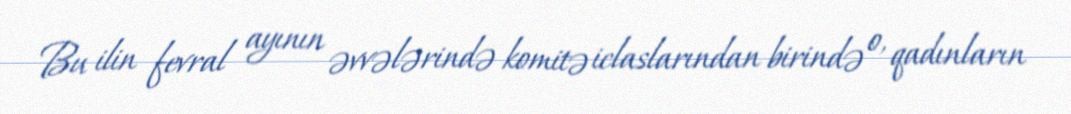
Bu ilin fevral ayının əvvələrində komitə iclaslarından birində o, qadınların